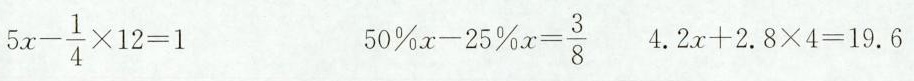
$ $ 5 x - \ f r a c { 1 } { 4 } \ t i m e s 1 2=1 $ $ $ $ 50 \% x - 25 \% x= \frac{3}{8} $ $ $ $ 4.2x + 2.8 × 4 =19.6 $ $